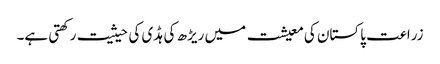
زراعت پاکستان کی معیشت میں ریڑھ کی ہڈی کی حیثیت رکھتی ہے۔